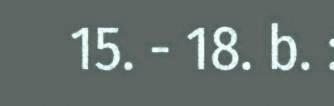
15. - 18. b. :